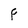
Character: F